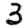
Digit: 3